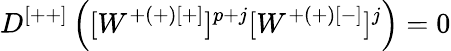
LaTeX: D^{[++]}\left([W^{+(+)[+]}]^{p+j}[W^{+(+)[-]}]^{j}\right)=0